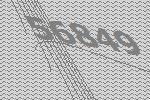
56849